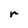
Character: r